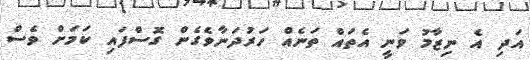
އަދި އެ ނިޒާމު ވަނީ އެތައް ތަނެއް ހަރުދަނާވެގެން ގޮސްފައި ކަމަށް ވެސް